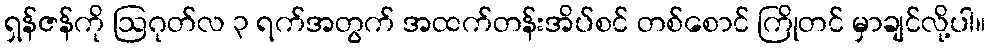
ရှန်ဇန်ကို ဩဂုတ်လ ၃ ရက်အတွက် အထက်တန်းအိပ်စင် တစ်စောင် ကြိုတင် မှာချင်လို့ပါ။